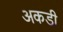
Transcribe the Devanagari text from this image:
अकडी